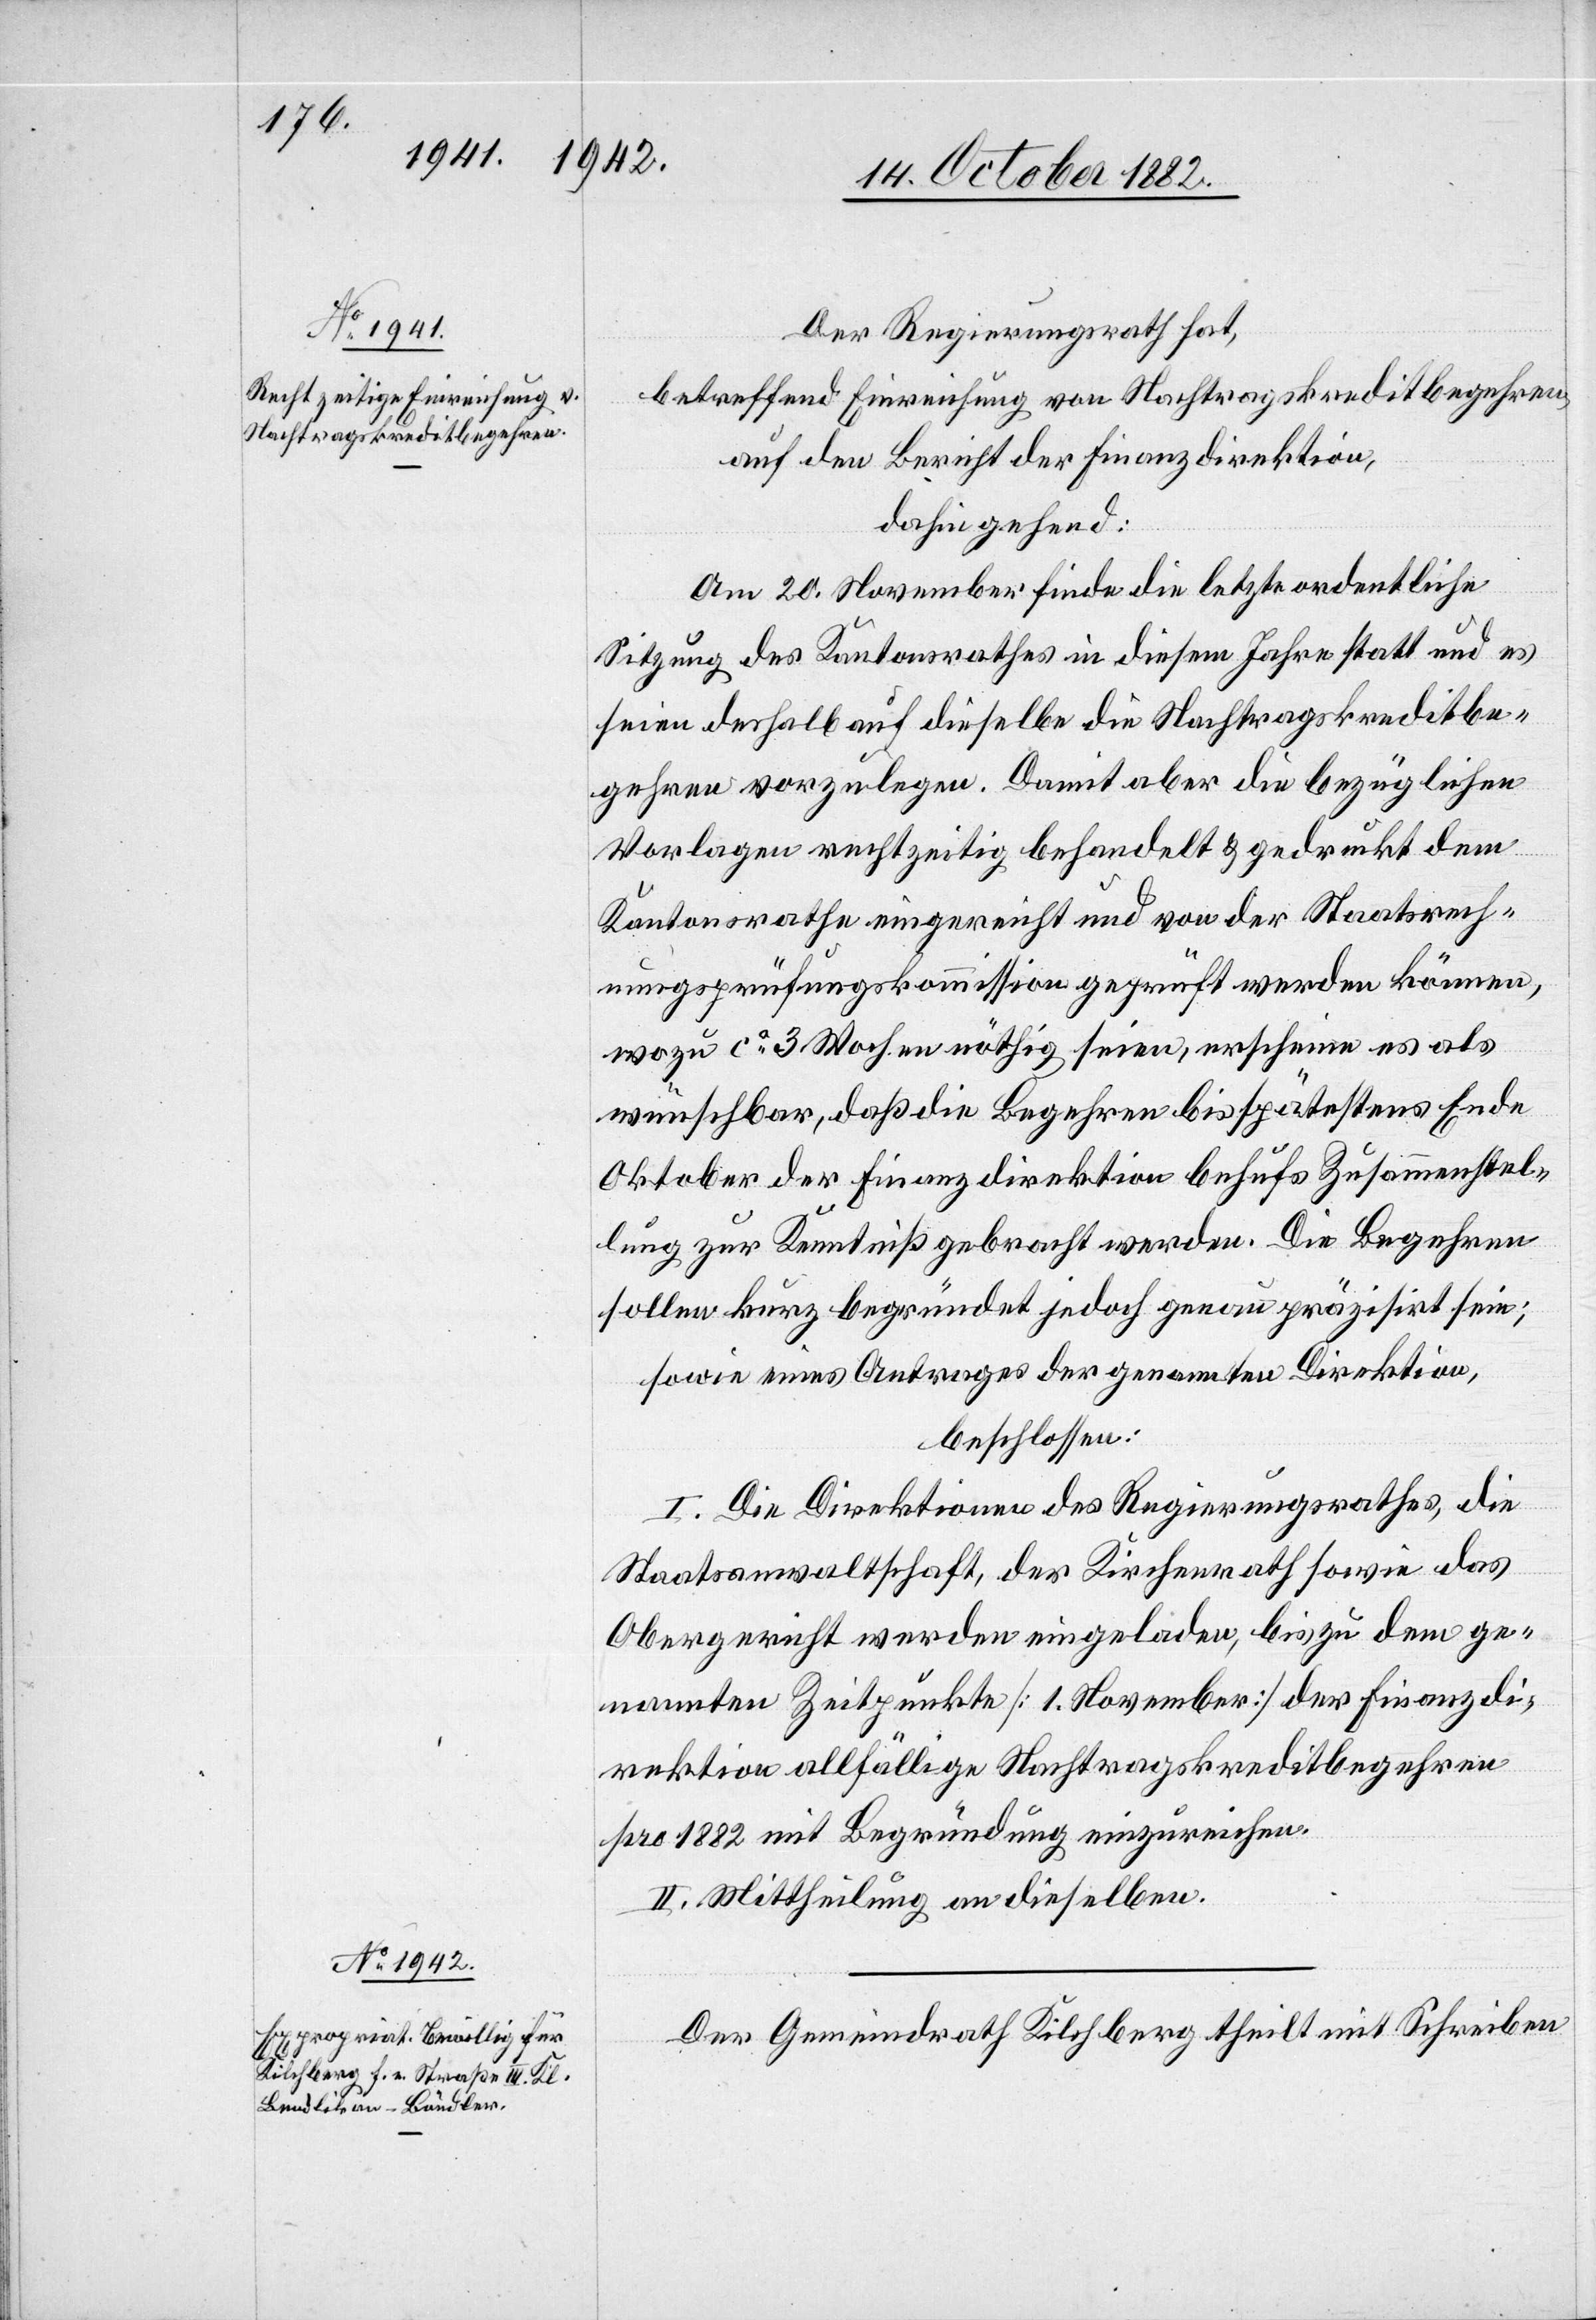
Der Regierungsrath hat,
betreffend Einreichung von Nachtragskreditbegehren,
auf den Bericht der Finanzdirektion,
dahin gehend:
Am 20. November finde die letzte ordentliche
Sitzung des Kantonsrathes in diesem Jahre statt und es
seien deshalb auf dieselbe die Nachtragskreditbe¬
gehren vorzulegen. Damit aber die bezüglichen
Vorlagen rechtzeitig behandelt & gedruckt dem
Kantonsrathe eingereicht und von der Staatsrech¬
nungsprüfungskommission geprüft werden können,
wozu ca 3 Wochen nöthig seien, erscheine es als
wünschbar, daß die Begehren bis spätestens Ende
Oktober der Finanzdirektion behufs Zusammenstel¬
lung zur Kenntniß gebracht werden. Die Begehren
sollen kurz begründet jedoch genau präzisirt sein;
sowie eines Antrages der genannten Direktion,
beschlossen:
I. Die Direktionen des Regierungsrathes, die
Staatsanwaltschaft, der Kirchenrath sowie das
Obergericht werden eingeladen, bis zu dem ge¬
nannten Zeitpunkte [1. November] der Finanzdi¬
rektion allfällige Nachtragskreditbegehren
pro 1882 mit Begründung einzureichen.
II. Mittheilung an dieselben.
Der Gemeindrath Kilchberg theilt mit Schreiben